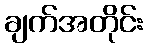
ချက်အတိုင်း